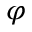
\varphi